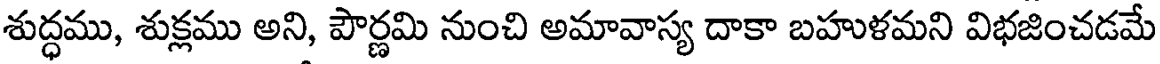
శుద్ధము, శుక్లము అని, పౌర్ణమి నుంచి అమావాస్య దాకా బహుళమని విభజించడమే